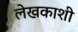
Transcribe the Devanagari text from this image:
लेखकाशी